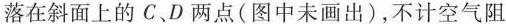
落在斜面上的C、D两点(图中未画出)，不计空气阻